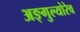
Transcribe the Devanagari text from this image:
अङ्गुल्योरेव